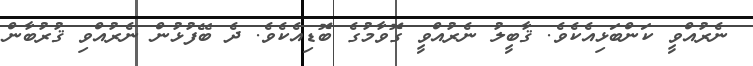
ނެރުއްވީ ކަންބަޅިއެކެވެ. ޤާބީލު ނެރުއްވީ ގޮވާމުގެ ބޮޑިއެކެވެ. ދެ ބޭފުޅުން ނެރުއްވި ޤުރުބާން